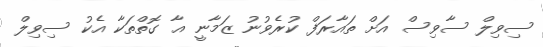
ސިވިލް ސާވިސް އަށް ތައާރަފް ކުރެވުނު ޒަމާނީ އާ ގޮތްތަކާ އެކު ސިވިލް